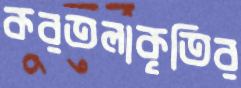
করতলাকৃতির